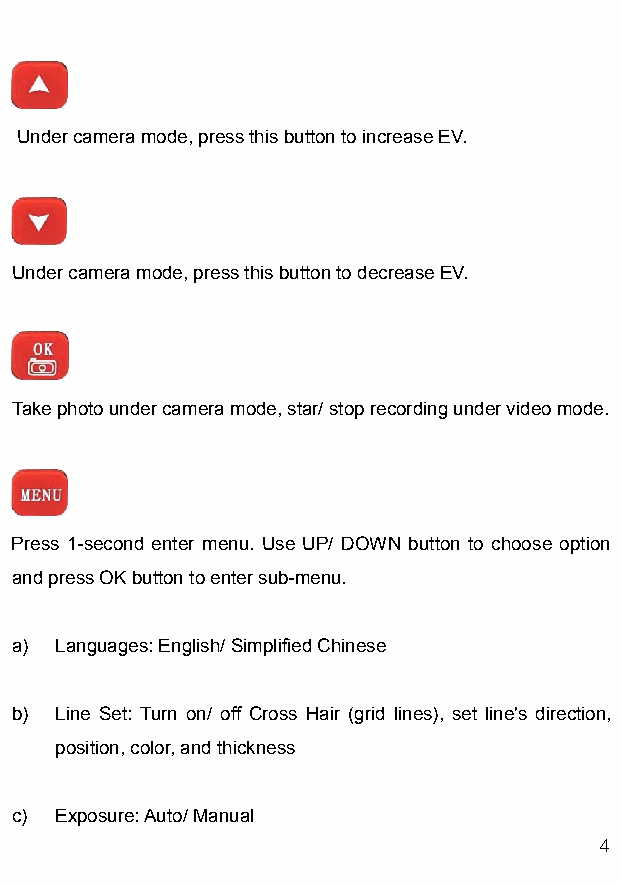
Undercameramode,pressthisbuttontoincreaseEV.
 Undercameramode,pressthisbuttontodecreaseEV.
 Takephotoundercameramode,star/stoprecordingundervideomode.
 Press 1-second enter menu. Use UP/ DOWN button to choose option
 andpressOKbuttontoentersub-menu.
 a) Languages:English/SimplifiedChinese
 b) Line Set: Turn on/ off Cross Hair (grid lines), set line's direction,
 position,color,andthickness
 c) Exposure:Auto/Manual
 4